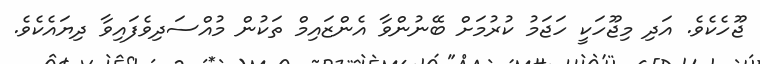
ޖޫހެކެވެ. އަދި މިޖޫހަކީ ހަޖަމު ކުރުމަށް ބޭނުންވާ އެންޒައިމް ތަކުން މުއްސަދިވެފައިވާ ދިޔައެކެވެ.